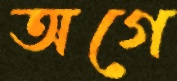
অগে